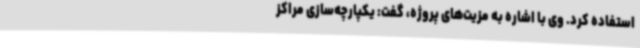
استفاده کرد. وی با اشاره به مزیت‌های پروژه، گفت: یکپارچه‌سازی مراکز